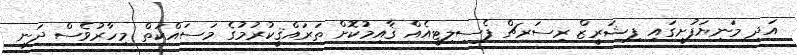
އަދި މަނިޔަފުށީގައި ފިޝަރީޒް ރިސަރޗް ފެސިލިޓީއެއް ޤާއިމުކޮށް ތަރައްޤީކުރުމުގެ މަސައްކަތް މިހާރުވެސް ދަނީ